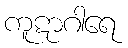
ကူဋာဂါရေ